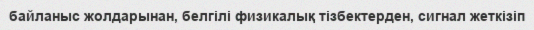
байланыс жолдарынан, белгілі физикалық тізбектерден, сигнал жеткізіп